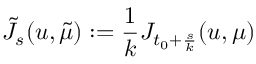
\tilde { J } _ { s } ( u , \tilde { \mu } ) : = \frac { 1 } { k } J _ { t _ { 0 } + \frac { s } { k } } ( u , \mu )